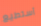
أستطيع